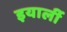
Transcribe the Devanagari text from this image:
इयार्ली